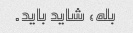
بله، شاید باید.